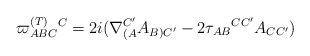
\begin{align*}\varpi _{ABC}^{{\footnotesize (T)}}{}^{C}=2i(\nabla _{(A}^{C^{\prime}}A_{B)C^{\prime }}-2\tau _{AB}{}^{CC^{\prime }}A_{CC^{\prime }})\end{align*}